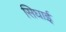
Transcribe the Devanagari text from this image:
सिघाई